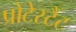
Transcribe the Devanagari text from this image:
प्रोटेस्टैँट